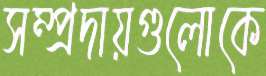
সম্প্রদায়গুলোকে